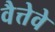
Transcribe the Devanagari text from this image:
वैत्तेवे